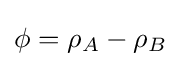
\phi =\rho _{A}-\rho _{B}